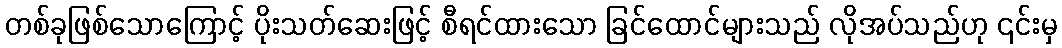
တစ်ခုဖြစ်သောကြောင့် ပိုးသတ်ဆေးဖြင့် စီရင်ထားသော ခြင်ထောင်များသည် လိုအပ်သည်ဟု ၎င်းမှ